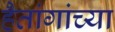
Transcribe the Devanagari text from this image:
हैतांगांच्या